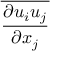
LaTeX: \overline { { \frac { \partial u _ { i } u _ { j } } { \partial x _ { j } } } }